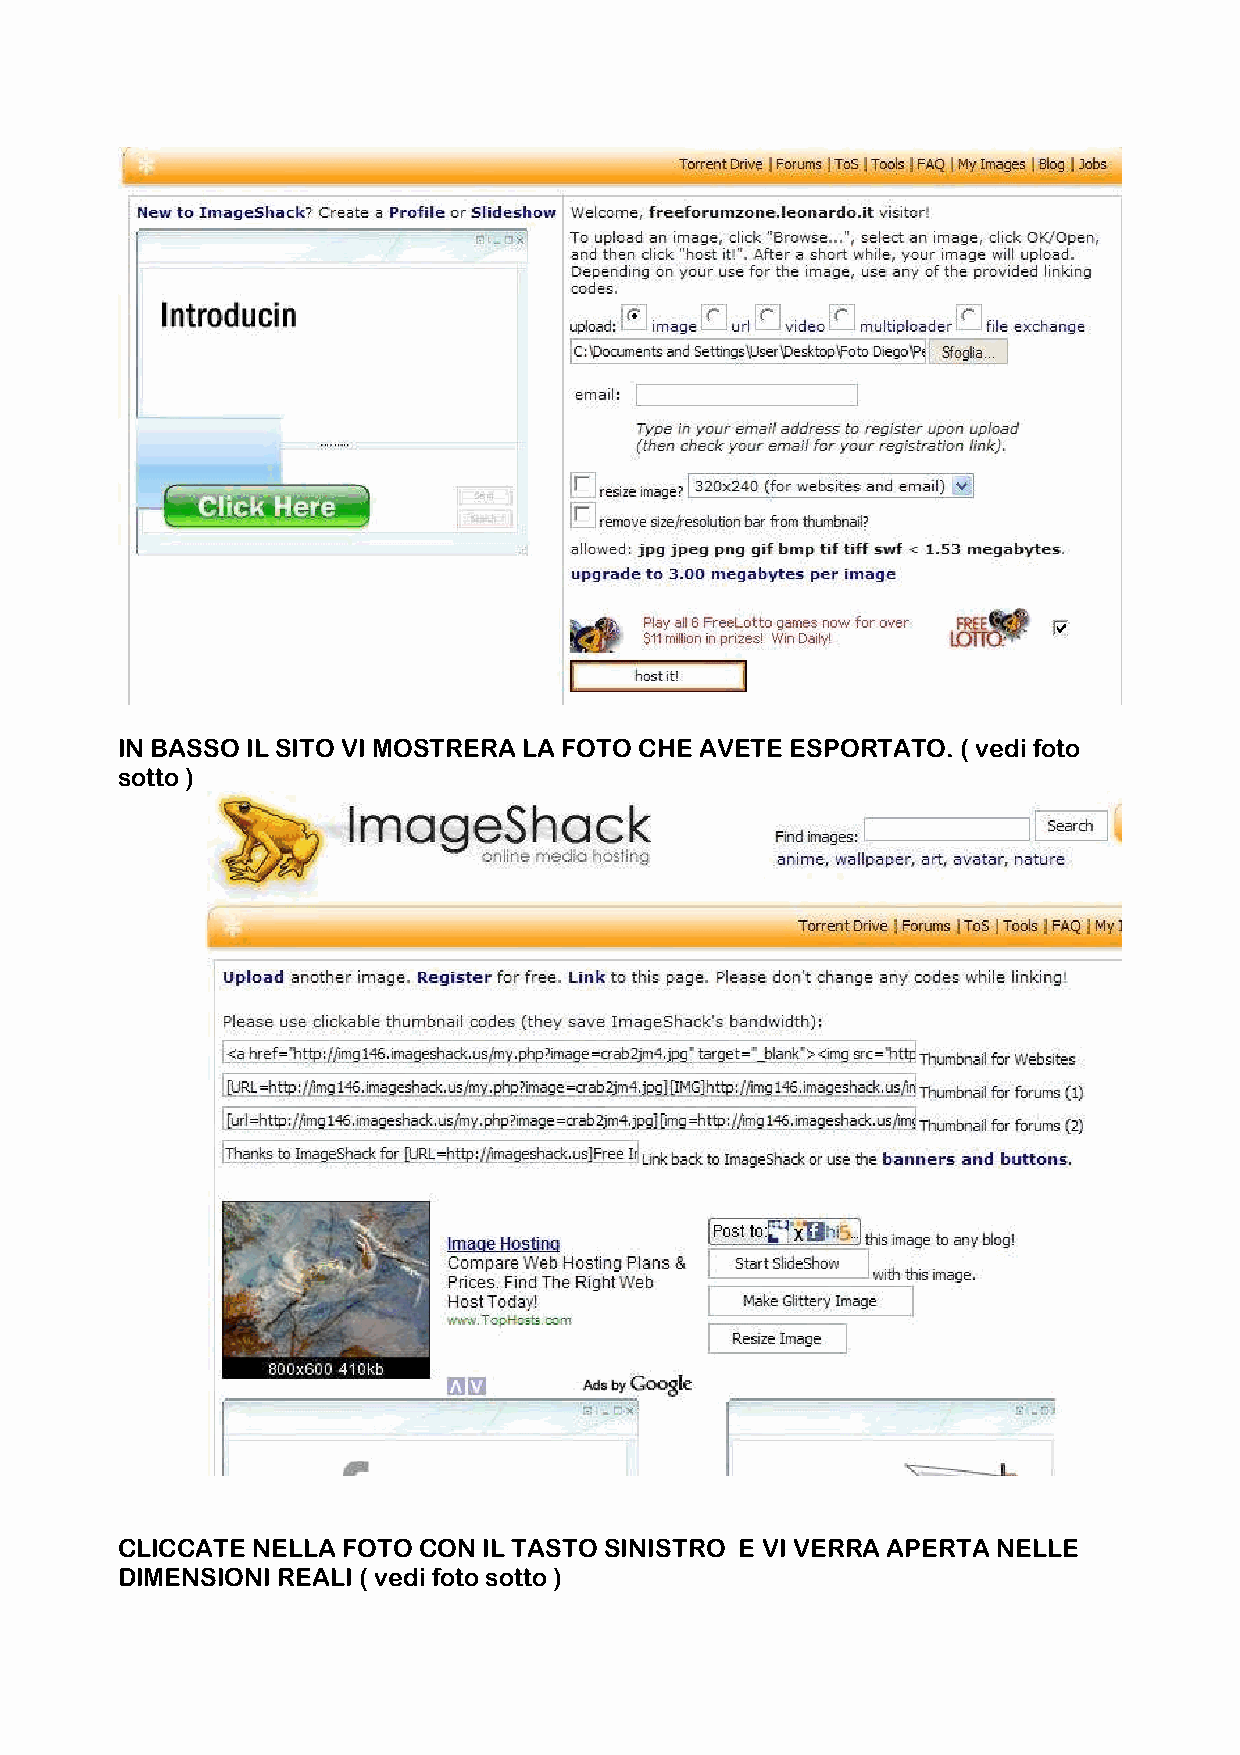
IN BASSO IL SITO VI MOSTRERA LA FOTO CHE AVETE ESPORTATO. ( vedi foto
 sotto )
 CLICCATE NELLA FOTO CON IL TASTO SINISTRO E VI VERRA APERTA NELLE
 DIMENSIONI REALI ( vedi foto sotto )